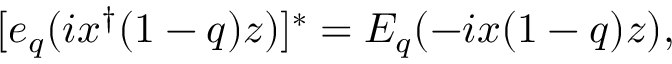
[ e _ { q } ( i x ^ { \dagger } ( 1 - q ) z ) ] ^ { * } = E _ { q } ( - i x ( 1 - q ) z ) ,